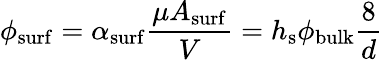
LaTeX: \phi_{\mathrm{surf}}=\alpha_{\mathrm{surf}}\frac{\mu A_{\mathrm{surf}}}{V}=h_{\mathrm{s}}\phi_{\mathrm{bulk}}\frac{8}{d}